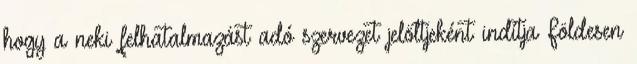
hogy a neki felhatalmazást adó szervezet jelöltjeként indítja Földesen